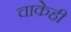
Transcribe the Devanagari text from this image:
चाकेही